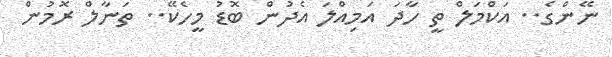
ނޭންގެ.. އަކްމަލް ތީ ހާދަ އަމިއްލަ އެދުން ބޮޑު މީހެކޭ.. ތަނާލް ރޮމުން